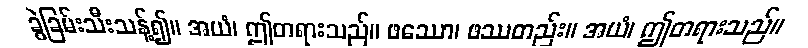
ခွဲခြမ်းသီးသန့်၍။ အယံ၊ ဤတရားသည်။ ဖဿော၊ ဖဿတည်း။ အယံ၊ ဤတရားသည်။